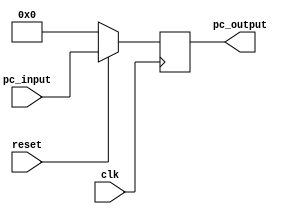
module pc(
    input clk,
    input reset,
    input [31:0]pc_input,
    output reg [31:0] pc_output
    );

always@(posedge clk)
    begin
        if(~reset)
            begin
                pc_output <= 32'b0;
            end
        else
            begin
                pc_output <= pc_input;
            end             
    end
endmodule